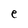
Character: e